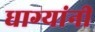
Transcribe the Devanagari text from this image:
धाग्‍यांनी